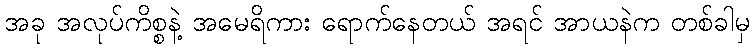
အခု အလုပ်ကိစ္စနဲ့ အမေရိကား ရောက်နေတယ် အရင် အာယနဲက တစ်ခါမှ